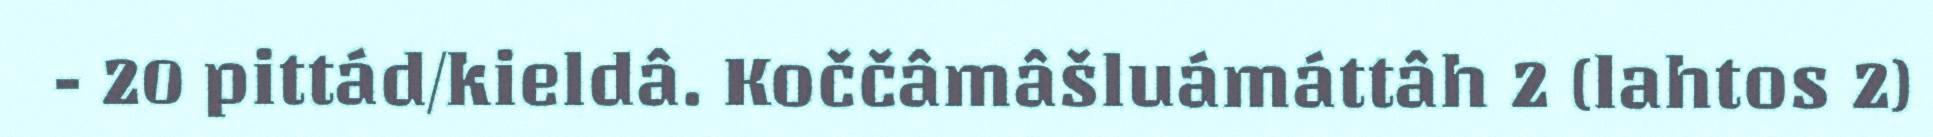
- 20 pittád/kieldâ. Koččâmâšluámáttâh 2 (lahtos 2)